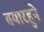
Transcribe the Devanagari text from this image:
तयारहुने